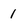
Character: 1